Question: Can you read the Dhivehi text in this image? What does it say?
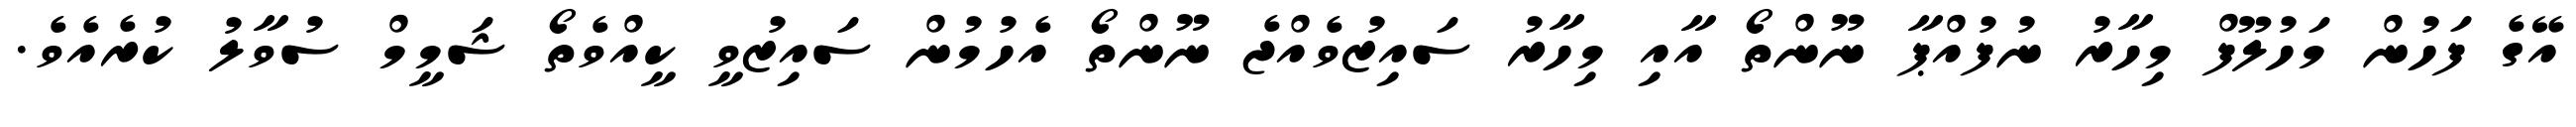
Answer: އޭގެ ފަހުން މަހުލޫފް މިހާރު ނުފުއްޕާ ނޫންތޯ އާއި މިހާރު ސައިޒުވެއްޖެ ނޫންތޯ އެހުމުން ސައިޒުވީ ކީއްވެތޯ ޝަމީމް ސުވާލު ކުރެއެވެ.